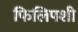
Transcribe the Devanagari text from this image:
फिलिपशी